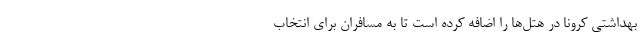
بهداشتی کرونا در هتل‌ها را اضافه کرده است تا به مسافران برای انتخاب